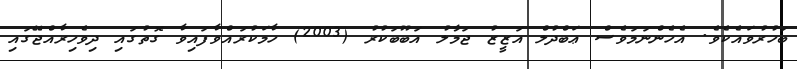
ބަހުރުވައެކެވެ. އެހެންނަމަވެސް ޢަބްދުލް އަޒީޒު ޖަމާލު އަބޫބަކުރު (2003) ހާމަކުރައްވާފައިވާ ގޮތުގައި ދިވެހިރާއްޖޭގައި